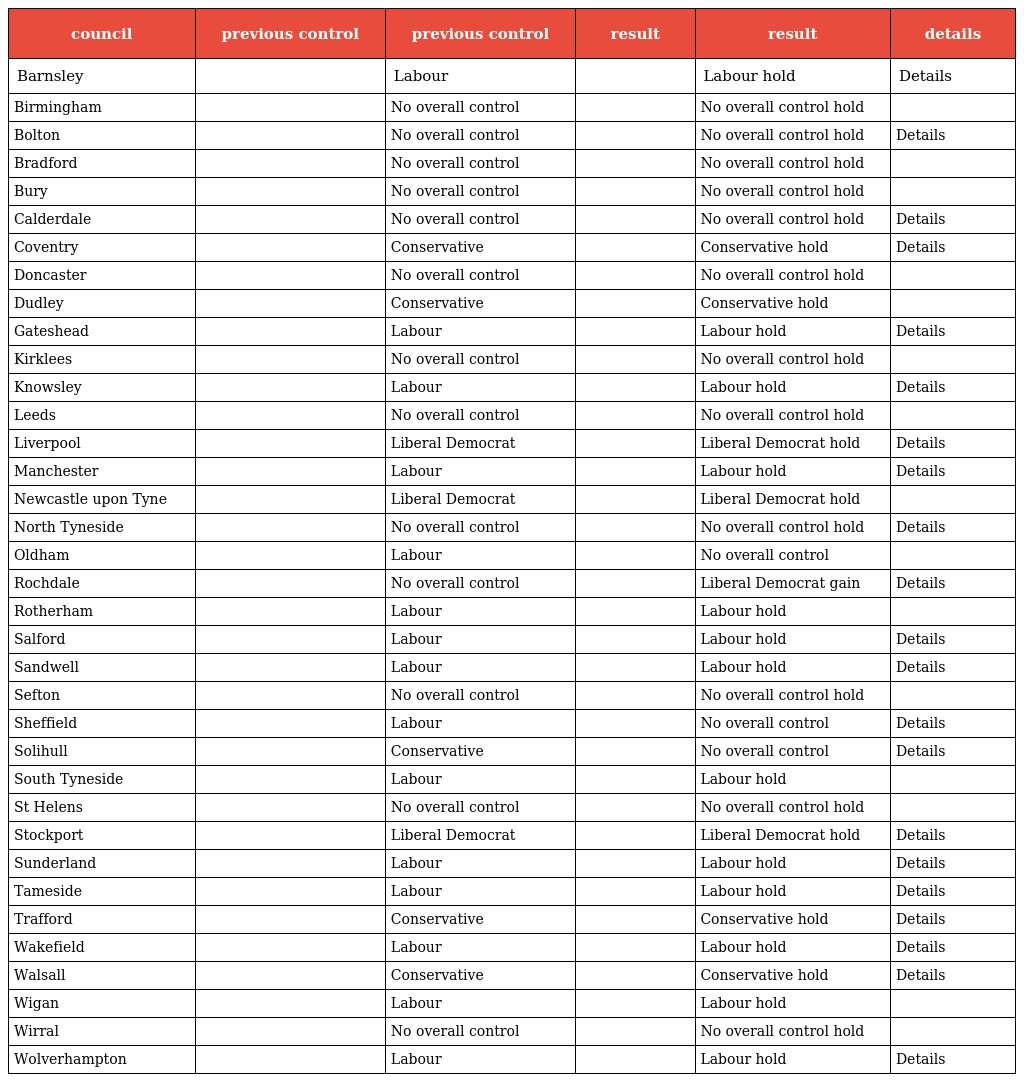
| council | previous control | previous control | result | result | details |
 | --- | --- | --- | --- | --- | --- |
 | Barnsley |  | Labour |  | Labour hold | Details |
 | Birmingham |  | No overall control |  | No overall control hold |  |
 | Bolton |  | No overall control |  | No overall control hold | Details |
 | Bradford |  | No overall control |  | No overall control hold |  |
 | Bury |  | No overall control |  | No overall control hold |  |
 | Calderdale |  | No overall control |  | No overall control hold | Details |
 | Coventry |  | Conservative |  | Conservative hold | Details |
 | Doncaster |  | No overall control |  | No overall control hold |  |
 | Dudley |  | Conservative |  | Conservative hold |  |
 | Gateshead |  | Labour |  | Labour hold | Details |
 | Kirklees |  | No overall control |  | No overall control hold |  |
 | Knowsley |  | Labour |  | Labour hold | Details |
 | Leeds |  | No overall control |  | No overall control hold |  |
 | Liverpool |  | Liberal Democrat |  | Liberal Democrat hold | Details |
 | Manchester |  | Labour |  | Labour hold | Details |
 | Newcastle upon Tyne |  | Liberal Democrat |  | Liberal Democrat hold |  |
 | North Tyneside |  | No overall control |  | No overall control hold | Details |
 | Oldham |  | Labour |  | No overall control |  |
 | Rochdale |  | No overall control |  | Liberal Democrat gain | Details |
 | Rotherham |  | Labour |  | Labour hold |  |
 | Salford |  | Labour |  | Labour hold | Details |
 | Sandwell |  | Labour |  | Labour hold | Details |
 | Sefton |  | No overall control |  | No overall control hold |  |
 | Sheffield |  | Labour |  | No overall control | Details |
 | Solihull |  | Conservative |  | No overall control | Details |
 | South Tyneside |  | Labour |  | Labour hold |  |
 | St Helens |  | No overall control |  | No overall control hold |  |
 | Stockport |  | Liberal Democrat |  | Liberal Democrat hold | Details |
 | Sunderland |  | Labour |  | Labour hold | Details |
 | Tameside |  | Labour |  | Labour hold | Details |
 | Trafford |  | Conservative |  | Conservative hold | Details |
 | Wakefield |  | Labour |  | Labour hold | Details |
 | Walsall |  | Conservative |  | Conservative hold | Details |
 | Wigan |  | Labour |  | Labour hold |  |
 | Wirral |  | No overall control |  | No overall control hold |  |
 | Wolverhampton |  | Labour |  | Labour hold | Details |